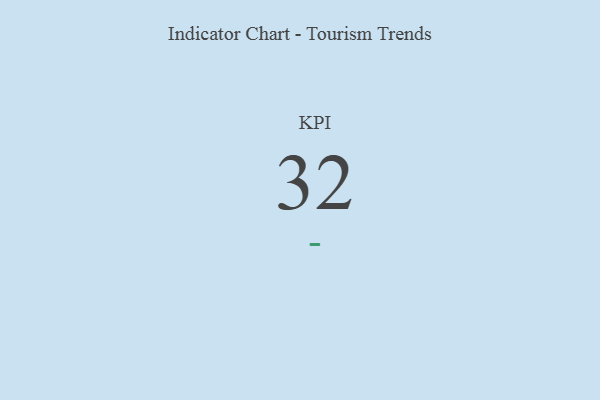
{"axis": {"x": "KPI", "y": "Value"}, "legend": [""], "data": [{"x": "KPI", "y": 32, "type": ""}]}